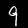
Label: 9